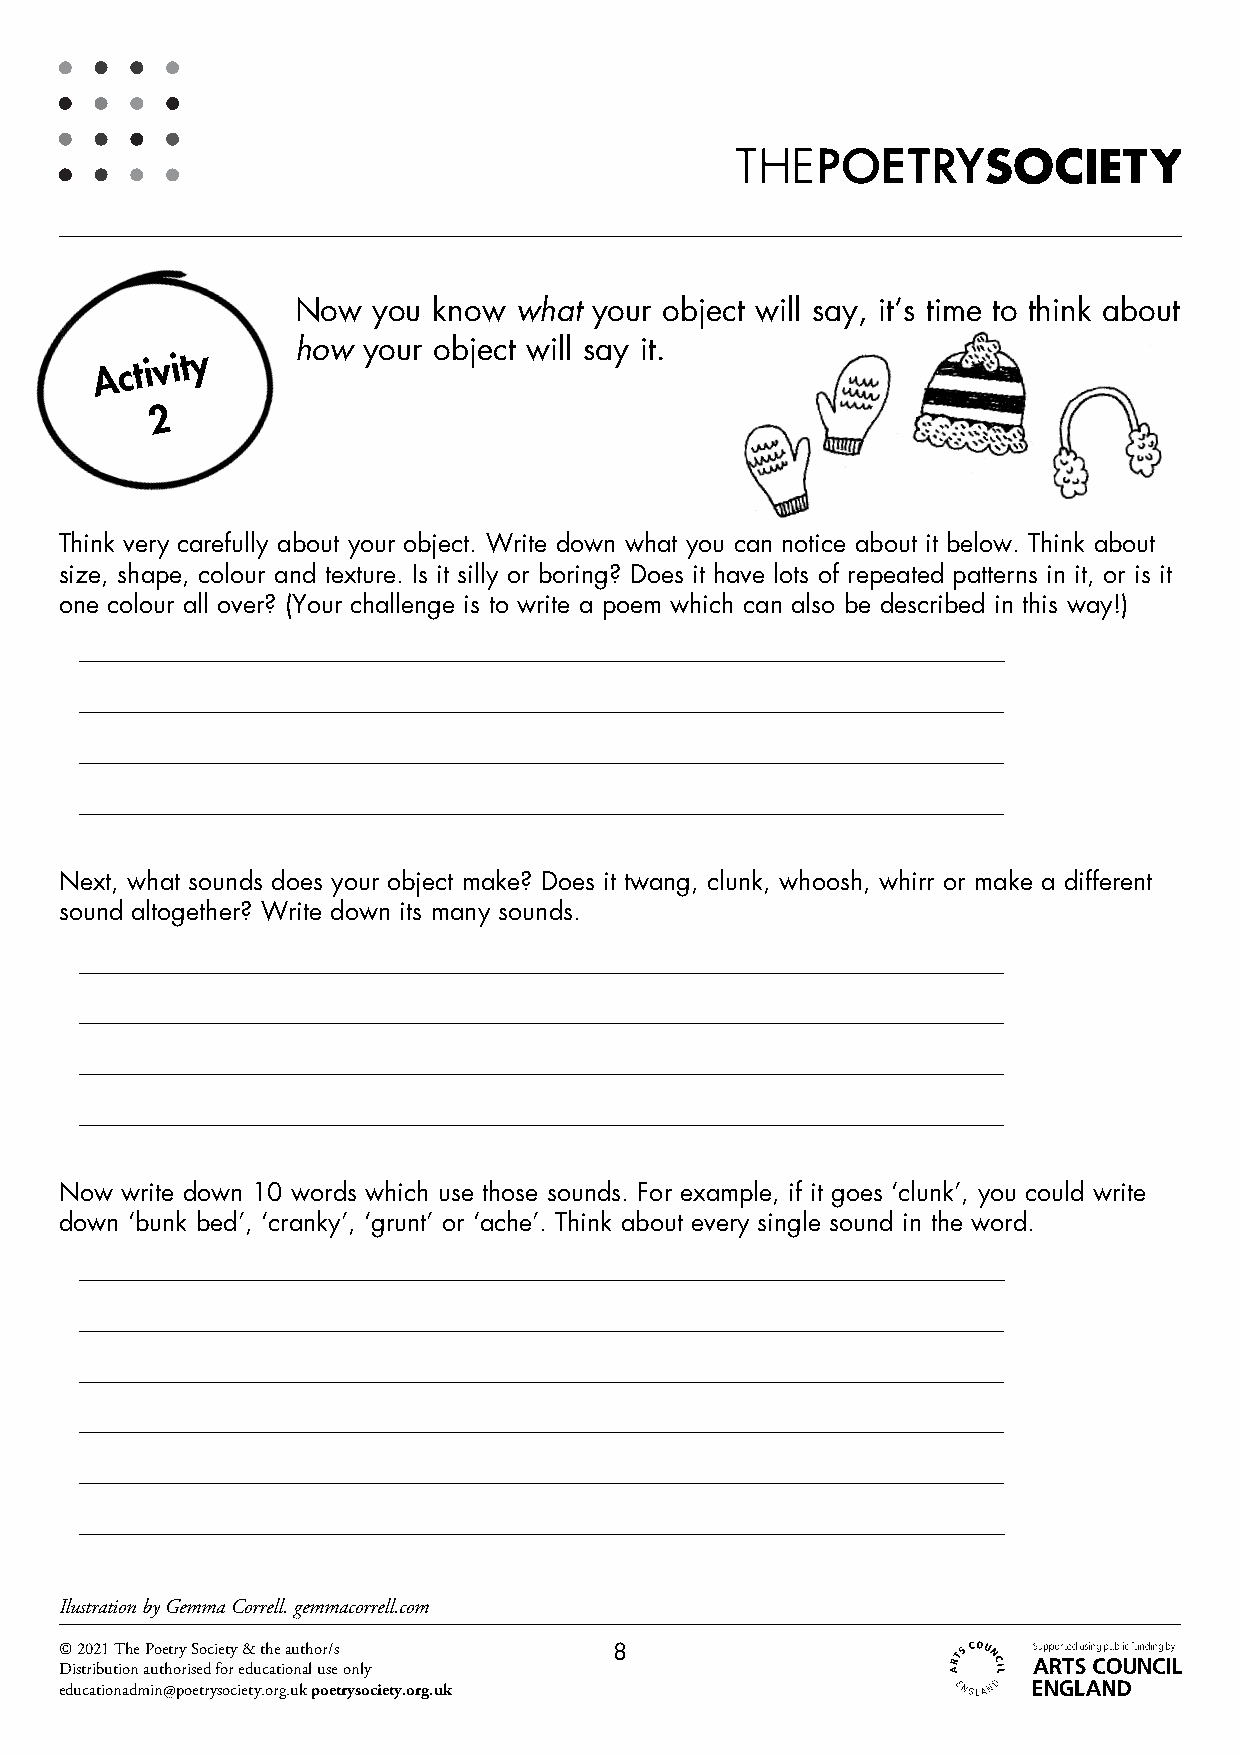
Now  you know what your object will say, it’s time to think about
 A c t i v i t y
 how your object will say it.
 2
 Think very carefully about your object. Write down what you can notice about it below. Think about
 size, shape, colour and texture. Is it silly or boring? Does it have lots of repeated patterns in it, or is it
 one colour all over? (Your challenge is to write a poem which can also be described in this way!)
 __________________________________________________________________________
 __________________________________________________________________________
 __________________________________________________________________________
 __________________________________________________________________________
 Next, what sounds does your object make? Does it twang, clunk, whoosh, whirr or make a different
 sound altogether? Write down its many sounds.
 __________________________________________________________________________
 __________________________________________________________________________
 __________________________________________________________________________
 __________________________________________________________________________
 Now write down 10 words which use those sounds. For example, if it goes ‘clunk’, you could write
 down ‘bunk bed’, ‘cranky’, ‘grunt’ or ‘ache’. Think about every single sound in the word.
 __________________________________________________________________________
 __________________________________________________________________________
 __________________________________________________________________________
 __________________________________________________________________________
 __________________________________________________________________________
 __________________________________________________________________________
 Ilustration by Gemma Correll. gemmacorrell.com
 © 2021 The Poetry Society & the author/s 8
 Distribution authorised for educational use only
 educationadmin@poetrysociety.org.uk poetrysociety.org.uk